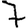
Digit: 7